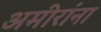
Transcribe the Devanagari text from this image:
अमीरांना